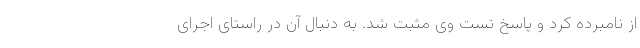
از نامبرده کرد و پاسخ تست وی مثبت شد. به دنبال آن در راستای اجرای